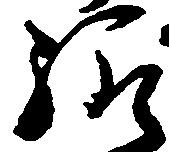
給